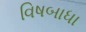
વિષબાધા